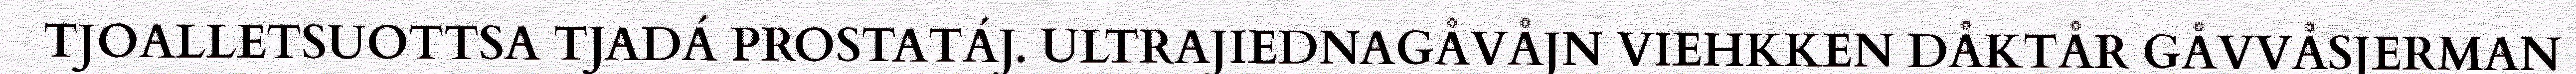
TJOALLETSUOTTSA TJADÁ PROSTATÁJ. ULTRAJIEDNAGÅVÅJN VIEHKKEN DÅKTÅR GÅVVÅSJERMAN